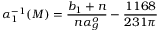
\alpha _ { 1 } ^ { - 1 } ( M ) = \frac { b _ { 1 } + n } { n \alpha _ { g } ^ { o } } - \frac { 1 1 6 8 } { 2 3 1 \pi }